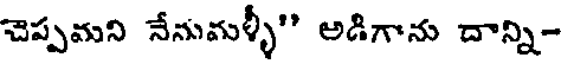
చెప్పమని నేనుమళ్ళీ" అడిగాను దాన్ని-